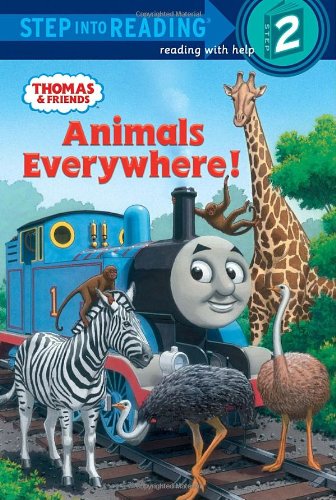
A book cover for Animals Everywhere! (Thomas & Friends) (Step into Reading); Rev. W. Awdry; Children's Books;